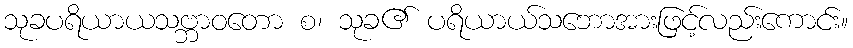
သုခပရိယာယသဗ္ဘာဝတော စ၊ သုခ၏ ပရိယာယ်သဘောအားဖြင့်လည်းကောင်း။